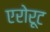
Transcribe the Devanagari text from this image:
एरोरूट